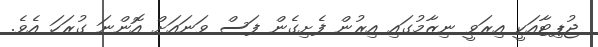
ޖުޕިޓާއަކީ އިރަވީ ނިޒާމުގައި އިރުން ފެށިގެން ފަސް ވަނައަށް އޮންނަ ގުރަހަ އެވެ.